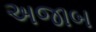
અજાબ